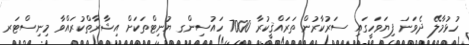
ހުޅުމާލޭ ދެވަނަ ފިޔަވަހީގައި ސަރުކާރުން ތަރައްޤީކުރާ 7000 ހައުސިންގ ޔުނިޓްތަކަށް އިޝާރާތްކުރައްވާ މިނިސްޓަރ